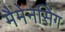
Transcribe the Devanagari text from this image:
मैमेनसिंग